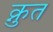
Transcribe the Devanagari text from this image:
क्नुत